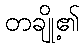
တချို့၏